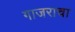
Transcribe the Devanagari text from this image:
गाजराचा